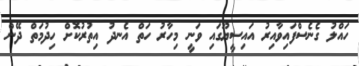
ހައްލު ގެނެސްފައިވާއިރު އައިސީޔޫގައި ވަނީ މިހާރު ހަތް އެނދު އިތުރުކޮށް ހިދުމަތް ދޭން